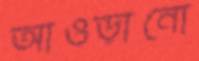
আওড়ানো